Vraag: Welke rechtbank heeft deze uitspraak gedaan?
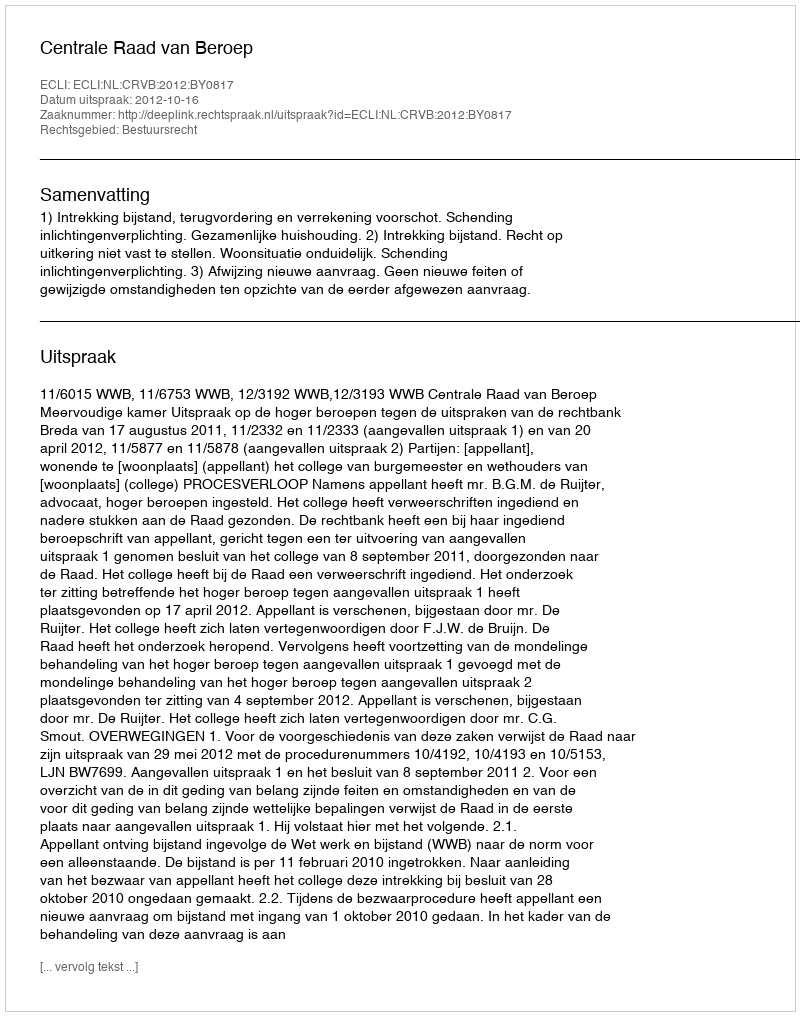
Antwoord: Centrale Raad van Beroep